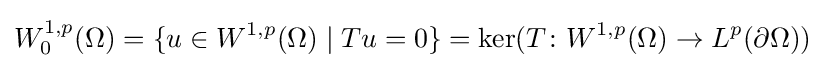
W_{0}^{1,p}(\Omega )=\{u\in W^{1,p}(\Omega )\mid Tu=0\}=\ker(T\colon W^{1,p}(\Omega )\to L^{p}(\partial \Omega ))